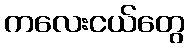
ကလေးငယ်တွေ